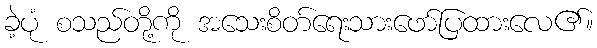
ခဲ့ပုံ စသည်တို့ကို အသေးစိတ်ရေးသားဖော်ပြထားလေ၏။